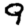
Digit: 9